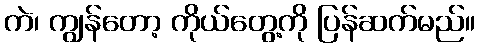
ကဲ၊ ကျွန်တော့ ကိုယ်တွေ့ကို ပြန်ဆက်မည်။